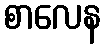
စာလေန